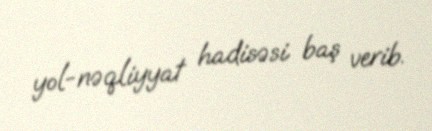
yol-nəqliyyat hadisəsi baş verib.